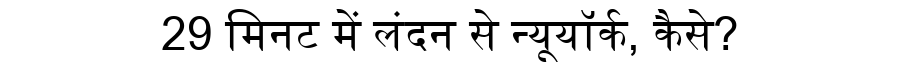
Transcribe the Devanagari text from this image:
29 मिनट में लंदन से न्यूयॉर्क, कैसे?